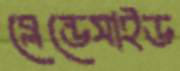
ব্লেন্ডেসাইড